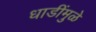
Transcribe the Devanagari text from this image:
धाडींमुळे